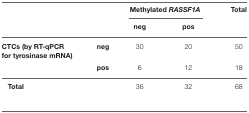
|  |  | <COLSPAN=2> Methylated RASSF1A | Total |
 |  |  | neg | pos |  |
 | --- | --- | --- | --- | --- |
 | CTCs (by RT-qPCR for tyrosinase mRNA) | neg | 30 | 20 | 50 |
 |  | pos | 6 | 12 | 18 |
 | <COLSPAN=2> Total | 36 | 32 | 68 |